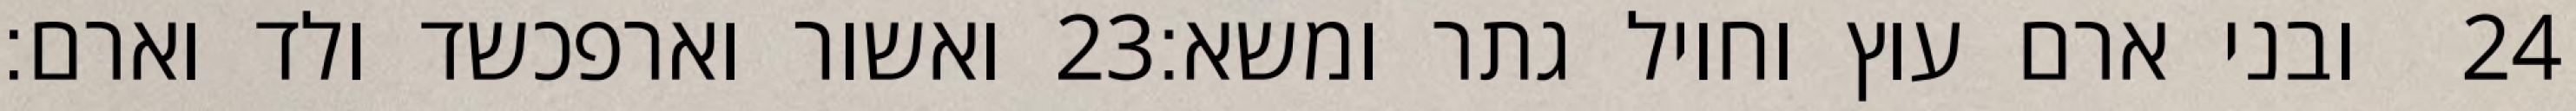
ואשור וארפכשד ולד וארם׃ ‎23‏ ובני ארם עוץ וחויל גתר ומשא׃ ‎24‏